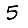
Digit: 5